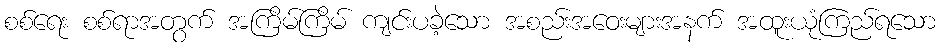
စစ်ရေး စစ်ရာအတွက် အကြိမ်ကြိမ် ကျင်းပခဲ့သော အစည်းအဝေးများအနက် အထူးယုံကြည်ရသော